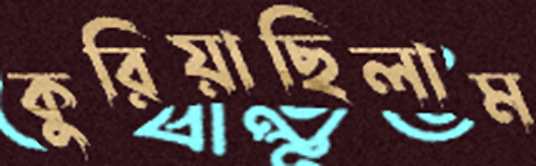
কুরিয়াছিলাম